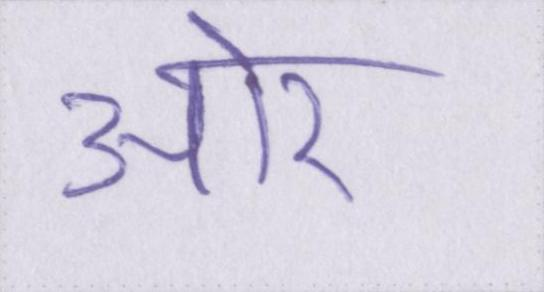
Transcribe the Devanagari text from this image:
आ॓र